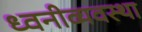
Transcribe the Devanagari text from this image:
ध्वनीव्यवस्था